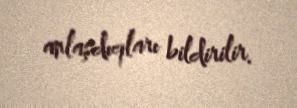
anlaşdıqları bildirilir.